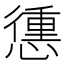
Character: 𢡹